Leaving Certificate Examination (including Day School Certificate (Higher) General paper), 1937
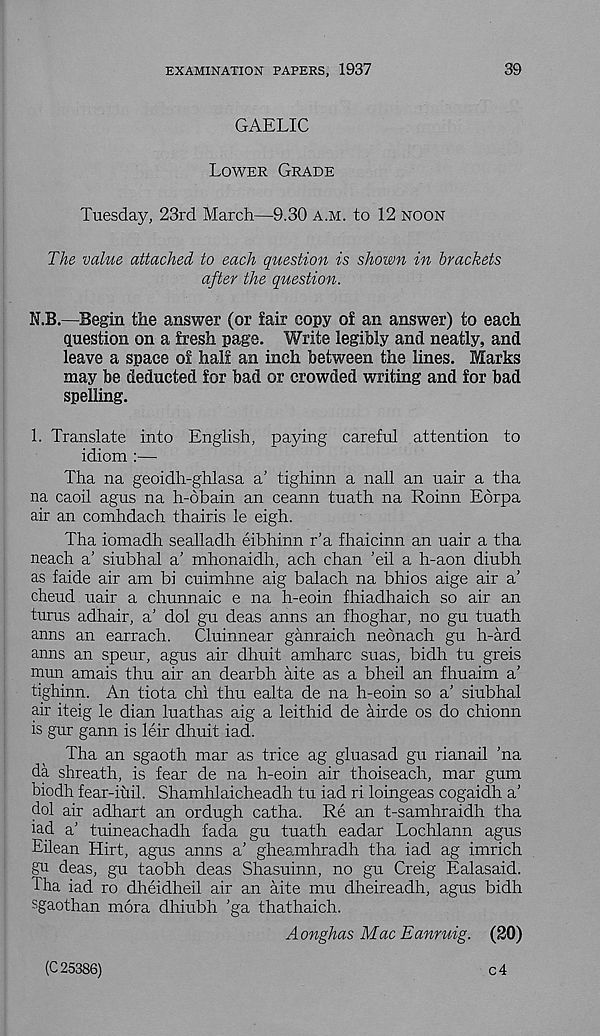
EXAMINATION PAPERS, 1937
39
GAELIC
Lower Grade
Tuesday, 23rd March—9.30 a.m. to 12 noon
The value attached to each question is shown in brackets
after the question.
ILB.—Begin the answer (or fair copy of an answer) to each
question on a fresh page. Write legibly and neatly, and
leave a space of half an inch between the lines. Marks
may be deducted for bad or crowded writing and for bad
spelling.
1. Translate into English, paying careful attention to
idiom :—
Tha na geoidh-ghlasa a’ tighinn a nail an uair a tha
na caoil agus na h-6bain an ceann tuath na Roinn Edrpa
air an comhdach thairis le eigh.
Tha iomadh sealladh eibhinn r’a fhaicinn an uair a tha
neach a’ siubhal a' mhonaidh, ach chan ’eil a h-aon diubh
as faide air am bi cuimhne aig balach na bhios aige air a’
cheud uair a chunnaic e na h-eoin fhiadhaich so air an
turns adhair, a’ dol gu deas anns an fhoghar, no gu tuath
anns an earrach.
Cluinnear ganraich neonach gu h-ard
anns an speur, agus air dhuit amharc suas, bidh tu greis
mun amais thu air an dearbh aite as a bheil an fhuaim a’
tighinn. An tiota chi thu ealta de na h-eoin so a’ siubhal
air iteig le dian luathas aig a leithid de airde os do chionn
is gur gann is leir dhuit iad.
Tha an sgaoth mar as trice ag gluasad gu rianail ’na
da shreath, is fear de na h-eoin air thoiseach, mar gum
biodh fear-iuil. Shamhlaicheadh tu iad ri loingeas cogaidh a’
dol air adhart an ordugh catha. Re an t-samhraidh tha
iad a’ tuineachadh fada gu tuath eadar Lochlann agus
Eilean Hirt, agus anns a’ gheamhradh tha iad ag imrich
gu deas, gu taobh deas Shasuinn, no gu Creig Ealasaid.
Tha iad ro dheidheil air an aite mu dheireadh, agus bidh
sgaothan mora dhiubh ’ga thathaich.
Aonghas Mac Eanruig. (20)
(C 25386)
c4